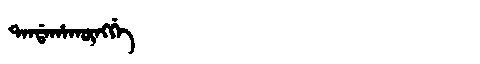
Manchu: ᡨᠠᠨᡩᠠᡥᠠᡴᡡᠩᡤᡝ
Romanization: TANDAHAKŪNGGE